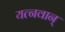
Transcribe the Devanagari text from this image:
यत्नवान्